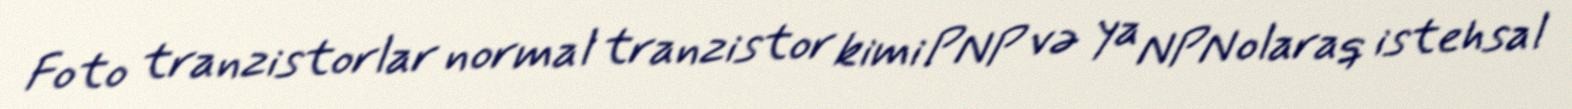
Foto tranzistorlar normal tranzistor kimi PNP və ya NPN olaraq istehsal